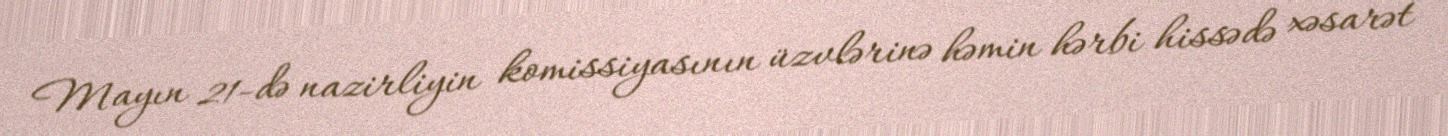
Mayın 21-də nazirliyin komissiyasının üzvlərinə həmin hərbi hissədə xəsarət